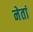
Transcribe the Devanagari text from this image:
नेतां